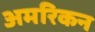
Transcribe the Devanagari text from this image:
अमरिकन